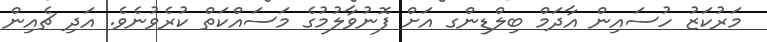
މަރުކަޒު ހުސައިން އާދަމް ބިލްޑިންގ އަށް ފޮނުވާލުމުގެ މަސައްކަތް ކުރެވުނެވެ. އަދި ޗެއިން